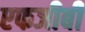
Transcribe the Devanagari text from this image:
एफजीबी